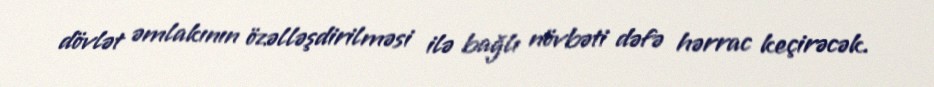
dövlət əmlakının özəlləşdirilməsi ilə bağlı növbəti dəfə hərrac keçirəcək.